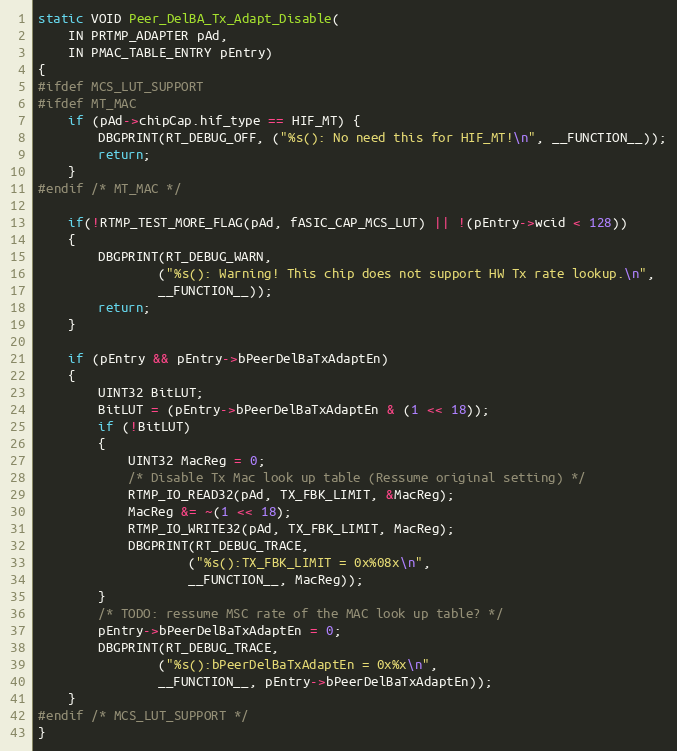
Language: C
static VOID Peer_DelBA_Tx_Adapt_Disable(
	IN PRTMP_ADAPTER pAd,
	IN PMAC_TABLE_ENTRY pEntry)
{
#ifdef MCS_LUT_SUPPORT
#ifdef MT_MAC
	if (pAd->chipCap.hif_type == HIF_MT) {
		DBGPRINT(RT_DEBUG_OFF, ("%s(): No need this for HIF_MT!\n", __FUNCTION__));
		return;
	}
#endif /* MT_MAC */

	if(!RTMP_TEST_MORE_FLAG(pAd, fASIC_CAP_MCS_LUT) || !(pEntry->wcid < 128))
	{
		DBGPRINT(RT_DEBUG_WARN,
				("%s(): Warning! This chip does not support HW Tx rate lookup.\n",
				__FUNCTION__));
		return;
	}

	if (pEntry && pEntry->bPeerDelBaTxAdaptEn)
	{
		UINT32 BitLUT;
		BitLUT = (pEntry->bPeerDelBaTxAdaptEn & (1 << 18));
		if (!BitLUT)
		{
			UINT32 MacReg = 0;
			/* Disable Tx Mac look up table (Ressume original setting) */
			RTMP_IO_READ32(pAd, TX_FBK_LIMIT, &MacReg);
			MacReg &= ~(1 << 18);
			RTMP_IO_WRITE32(pAd, TX_FBK_LIMIT, MacReg);
			DBGPRINT(RT_DEBUG_TRACE,
					("%s():TX_FBK_LIMIT = 0x%08x\n",
					__FUNCTION__, MacReg));
		}
		/* TODO: ressume MSC rate of the MAC look up table? */
		pEntry->bPeerDelBaTxAdaptEn = 0;
		DBGPRINT(RT_DEBUG_TRACE,
				("%s():bPeerDelBaTxAdaptEn = 0x%x\n",
				__FUNCTION__, pEntry->bPeerDelBaTxAdaptEn));
	}
#endif /* MCS_LUT_SUPPORT */
}